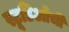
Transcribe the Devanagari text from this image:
स्टूडिओची